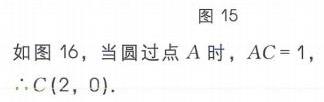
图 15
如图 16，当圆过点 \(A\) 时，\(AC = 1\)，
\(\therefore C(2,0)\).